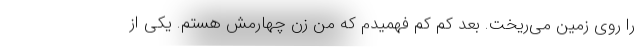
را روی زمین می‌ریخت. بعد کم کم فهمیدم که من زن چهارمش هستم. یکی از